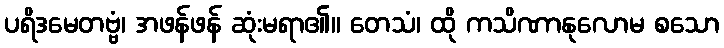
ပရိဒမေတဗ္ဗံ၊ အဖန်ဖန် ဆုံးမရာ၏။ တေသံ၊ ထို ကသိဏာနုလောမ စသော